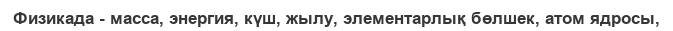
Физикада - масса, энергия, күш, жылу, элементарлық бөлшек, атом ядросы,